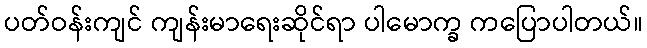
ပတ်ဝန်းကျင် ကျန်းမာရေးဆိုင်ရာ ပါမောက္ခ ကပြောပါတယ်။